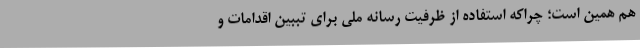
هم همین است؛ چراکه استفاده از ظرفیت رسانه ملی برای تببین اقدامات و